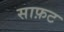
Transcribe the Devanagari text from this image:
साफ़ट